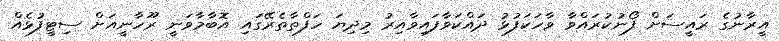
އީރާނުގެ ރައީސަށް ފޯނުކުރައްވާ ވާހަކަފުޅު ދައްކަވާފައިވާއިރު މިދިޔަ ހަފްތާތެރޭގައި އޮބާމާވަނީ ރޫހާނީއަށް ސިޓީފުޅެއް